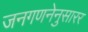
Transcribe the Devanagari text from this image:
जनगणनेनुसारर